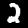
Digit: 2